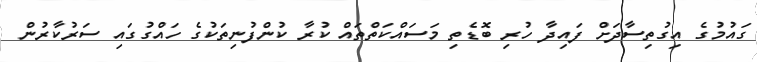
ގައުމުގެ އިގުތިސާދަށް ފައިދާ ހުރި ބޮޑެތި މަސައްކަތްތައް ކުރާ ކުންފުނިތަކުގެ ހައްގުގައި ސަރުކާރުން